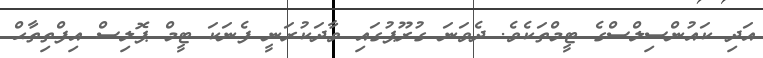
އަދި ކައުންސިލްސްގެ ޓީމްތަކެވެ. ދެވަނަ ގުރޫޕުގައި ވާދަކުރަނީ ފެނަކަ ޓީމް ޕޮލިސް އިފްތިތާޙް